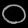
Digit: ၀